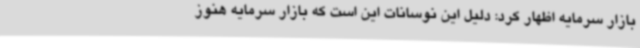
بازار سرمایه اظهار کرد: دلیل این نوسانات این است که بازار سرمایه هنوز